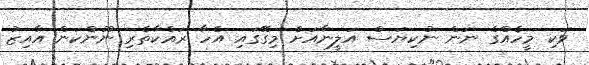
ވަކި މީހެއްގެ ނަން ނުކިޔަސް އަލީނާއަށް މިގޭގައި އެހާ ރައްކާތެރި ނޫންކަން އާއިޒު